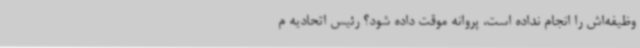
وظیفه‌اش را انجام نداده است، پروانه موقت داده شود؟ رئیس اتحادیه م